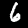
Label: 6